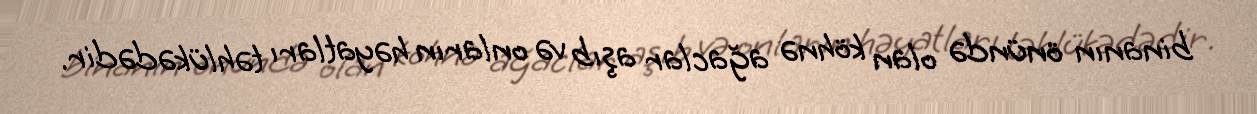
binanın önündə olan köhnə ağaclar aşıb və onların həyatları təhlükədədir.